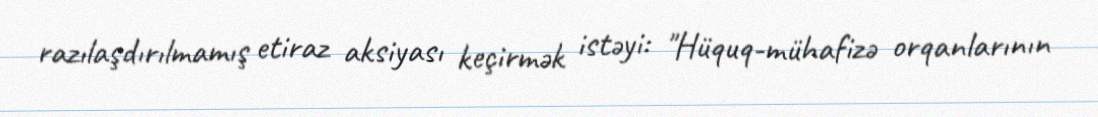
razılaşdırılmamış etiraz aksiyası keçirmək istəyi: "Hüquq-mühafizə orqanlarının